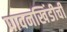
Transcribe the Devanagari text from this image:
पावनखिंडीची